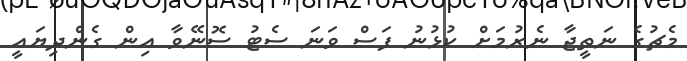
މެޗުގެ ނަތީޖާ ނެރުމަށް ކުޅުނު ފަސް ވަނަ ސެޓު ސޮނޭވާ އިން ގެންދިޔައީ